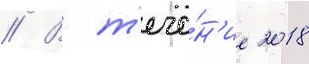
// В т'ече́н'ие 2018